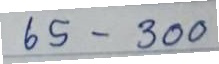
65 - 300